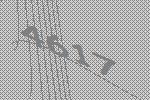
4617